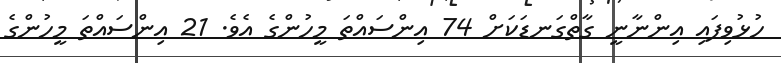
ހުޅުވިފައި އިންނާނީ ގާތްގަނޑަކަށް 74 އިންސައްތަ މީހުންގެ އެވެ. 21 އިންސައްތަ މީހުންގެ